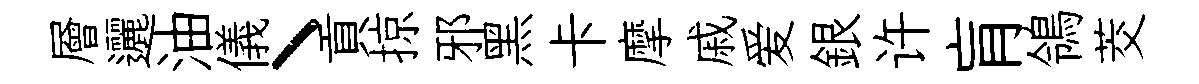
層邐油儀丶貢掠邪黑卡摩戚爱銀许肓鴒茭